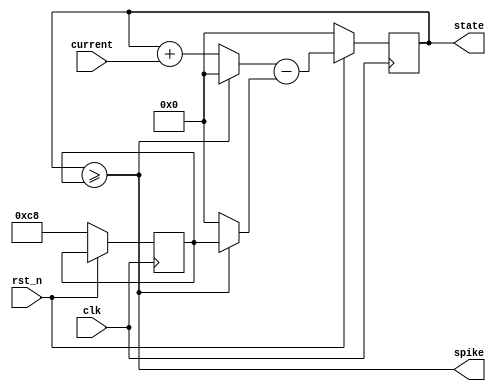

/*
    First-order integrate-and-fire neuron model.
    Input is assumed to be a current injection.
    
    For :math:`U[T] > U_{\\rm thr}  S[T+1] = 1`.

    If `reset_mechanism = "subtract"`, then :math:`U[t+1]` will have
    `threshold` subtracted from it whenever the neuron emits a spike:

    .. math::

            U[t+1] = U[t] + I_{\\rm in}[t+1] - RU_{\\rm thr}

    If `reset_mechanism = "zero"`, then :math:`U[t+1]` will be set to `0`
    whenever the neuron emits a spike:

    .. math::

            U[t+1] = U[t] + I_{\\rm syn}[t+1] - R(U[t] + I_{\\rm in}[t+1])

      :math:`I_{\\rm in}` - Input current
      :math:`U` - Membrane potential
      :math:`U_{\\rm thr}` - Membrane threshold
      :math:`R` - Reset mechanism: if active, :math:`R = 1`, otherwise \
      :math:`R = 0`
    
*/
`default_nettype none

module if_neuron ( 
    input wire [7:0] current,
    input wire       clk,
    input wire       rst_n,
    output wire      spike,
    output reg [7:0] state
);
    reg  [7:0] threshold;
    wire [7:0] next_state;
    

always @(posedge clk) begin
        if (!rst_n) begin
            state <= 0;
            threshold <= 200;
        end else begin
            state <= next_state;
        end
    end

    // next_state logic and spiking logic for IF
    assign spike = (state >= threshold);
    assign next_state = (spike ? 0 : (state + current)) - (spike ? threshold : 0);
    


endmodule